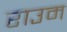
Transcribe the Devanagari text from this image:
राउम